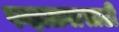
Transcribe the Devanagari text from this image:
पन्हाळ्यासाठी